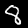
Label: 8